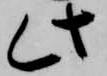
此